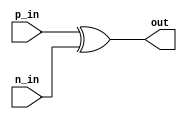
module io_buffer (
    input wire p_in,
    input wire n_in,
    output reg out
);

assign out = p_in ^ n_in;

endmodule